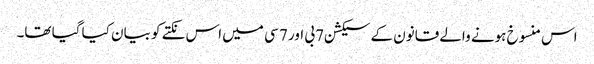
اس منسوخ ہونے والے قانون کے سیکشن 7بی اور 7 سی میں اس نکتے کو بیان کیا گیا تھا۔